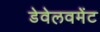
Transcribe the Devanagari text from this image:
डेवेलवमेंट